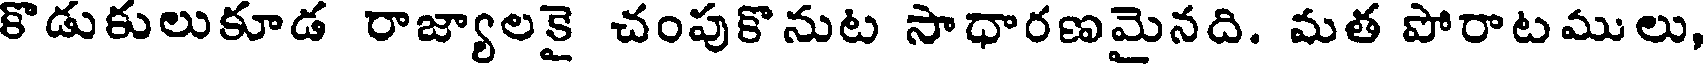
కొడుకులుకూడ రాజ్యాలకై చంపుకొనుట సాధారణమైనది. మత పోరాటములు,